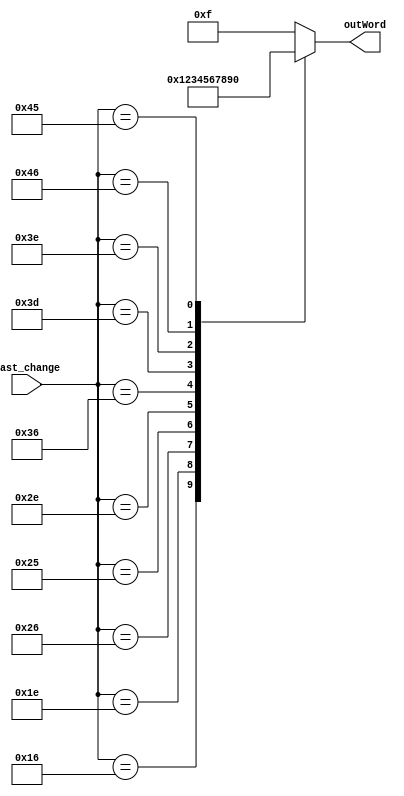
`define SS_0 8'b00000011
`define SS_1 8'b10011111
`define SS_2 8'b00100101
`define SS_3 8'b00001101
`define SS_4 8'b10011001
`define SS_5 8'b01001001
`define SS_6 8'b01000001
`define SS_7 8'b00011111
`define SS_8 8'b00000001
`define SS_9 8'b00001001
`define SS_a 8'b01111111
`define SS_s 8'b11111101
`define SS_m 8'b11101111
`define enter 8'b11111111

module num_decoder(
    input [8: 0]last_change,
    output reg [3:0] outWord
//    output reg [7: 0]outWord
    );
    
    always@*
    begin
        case (last_change)
            //Number input will show number output in 7-seg 
            9'h016: outWord = 4'd1;
            9'h01E: outWord = 4'd2;
            9'h026: outWord = 4'd3;
            9'h025: outWord = 4'd4;
            9'h02E: outWord = 4'd5;
            9'h036: outWord = 4'd6;
            9'h03D: outWord = 4'd7;
            9'h03E: outWord = 4'd8;
            9'h046: outWord = 4'd9;
            9'h045: outWord = 4'd0;
            // The above is the content of the previous question lab8_1_1
            
            //add a, s, m function
//            9'h01C: outWord = `SS_a;
//            9'h01B: outWord = `SS_s;
//            9'h03A: outWord = `SS_m;
            
            //add enter function
//            9'h05A: outWord = `enter;
            default: outWord = 4'd15;
        endcase
    end
endmodule